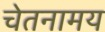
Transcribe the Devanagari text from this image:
चेतनामय